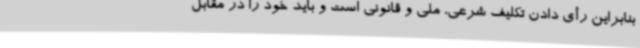
بنابراین رأی دادن تکلیف شرعی، ملی و قانونی است و باید خود را در مقابل